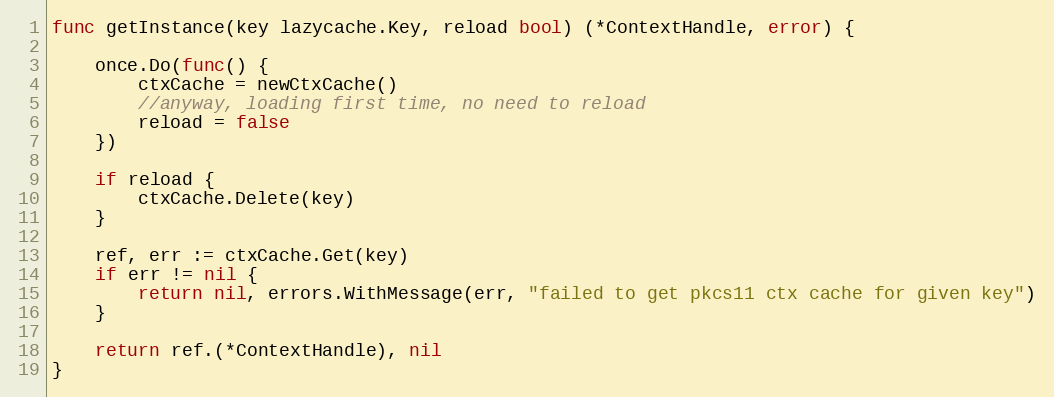
Language: Go
func getInstance(key lazycache.Key, reload bool) (*ContextHandle, error) {

	once.Do(func() {
		ctxCache = newCtxCache()
		//anyway, loading first time, no need to reload
		reload = false
	})

	if reload {
		ctxCache.Delete(key)
	}

	ref, err := ctxCache.Get(key)
	if err != nil {
		return nil, errors.WithMessage(err, "failed to get pkcs11 ctx cache for given key")
	}

	return ref.(*ContextHandle), nil
}